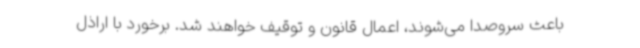
باعث سروصدا می‌شوند، اعمال قانون و توقیف خواهند شد. برخورد با اراذل